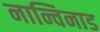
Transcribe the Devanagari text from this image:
नान्चिनाड